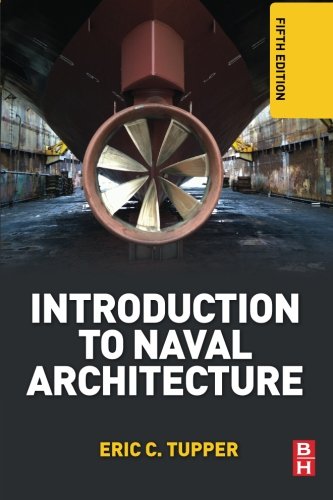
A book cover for Introduction to Naval Architecture, Fifth Edition; E. C. Tupper; Engineering & Transportation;